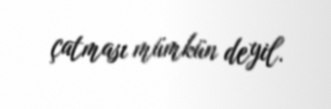
çatması mümkün deyil.